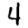
Digit: 4